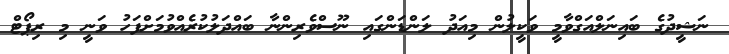
ނަޝީދުގެ ބައިނަލްއަގްވާމީ ވަކީލުން މިއަދު ލަންޑަންގައި ނޫސްވެރިންނާ ބައްދަލުކުރެއްވުމަށްފަހު ވަނީ މި ރިޕޯޓް